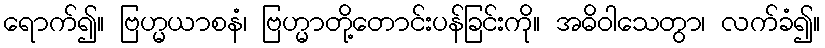
ရောက်၍။ ဗြဟ္မယာစနံ၊ ဗြဟ္မာတို့တောင်းပန်ခြင်းကို။ အဓိဝါသေတွာ၊ လက်ခံ၍။